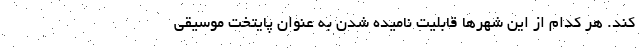
کند. هر کدام از این شهرها قابلیت نامیده شدن به عنوان پایتخت موسیقی